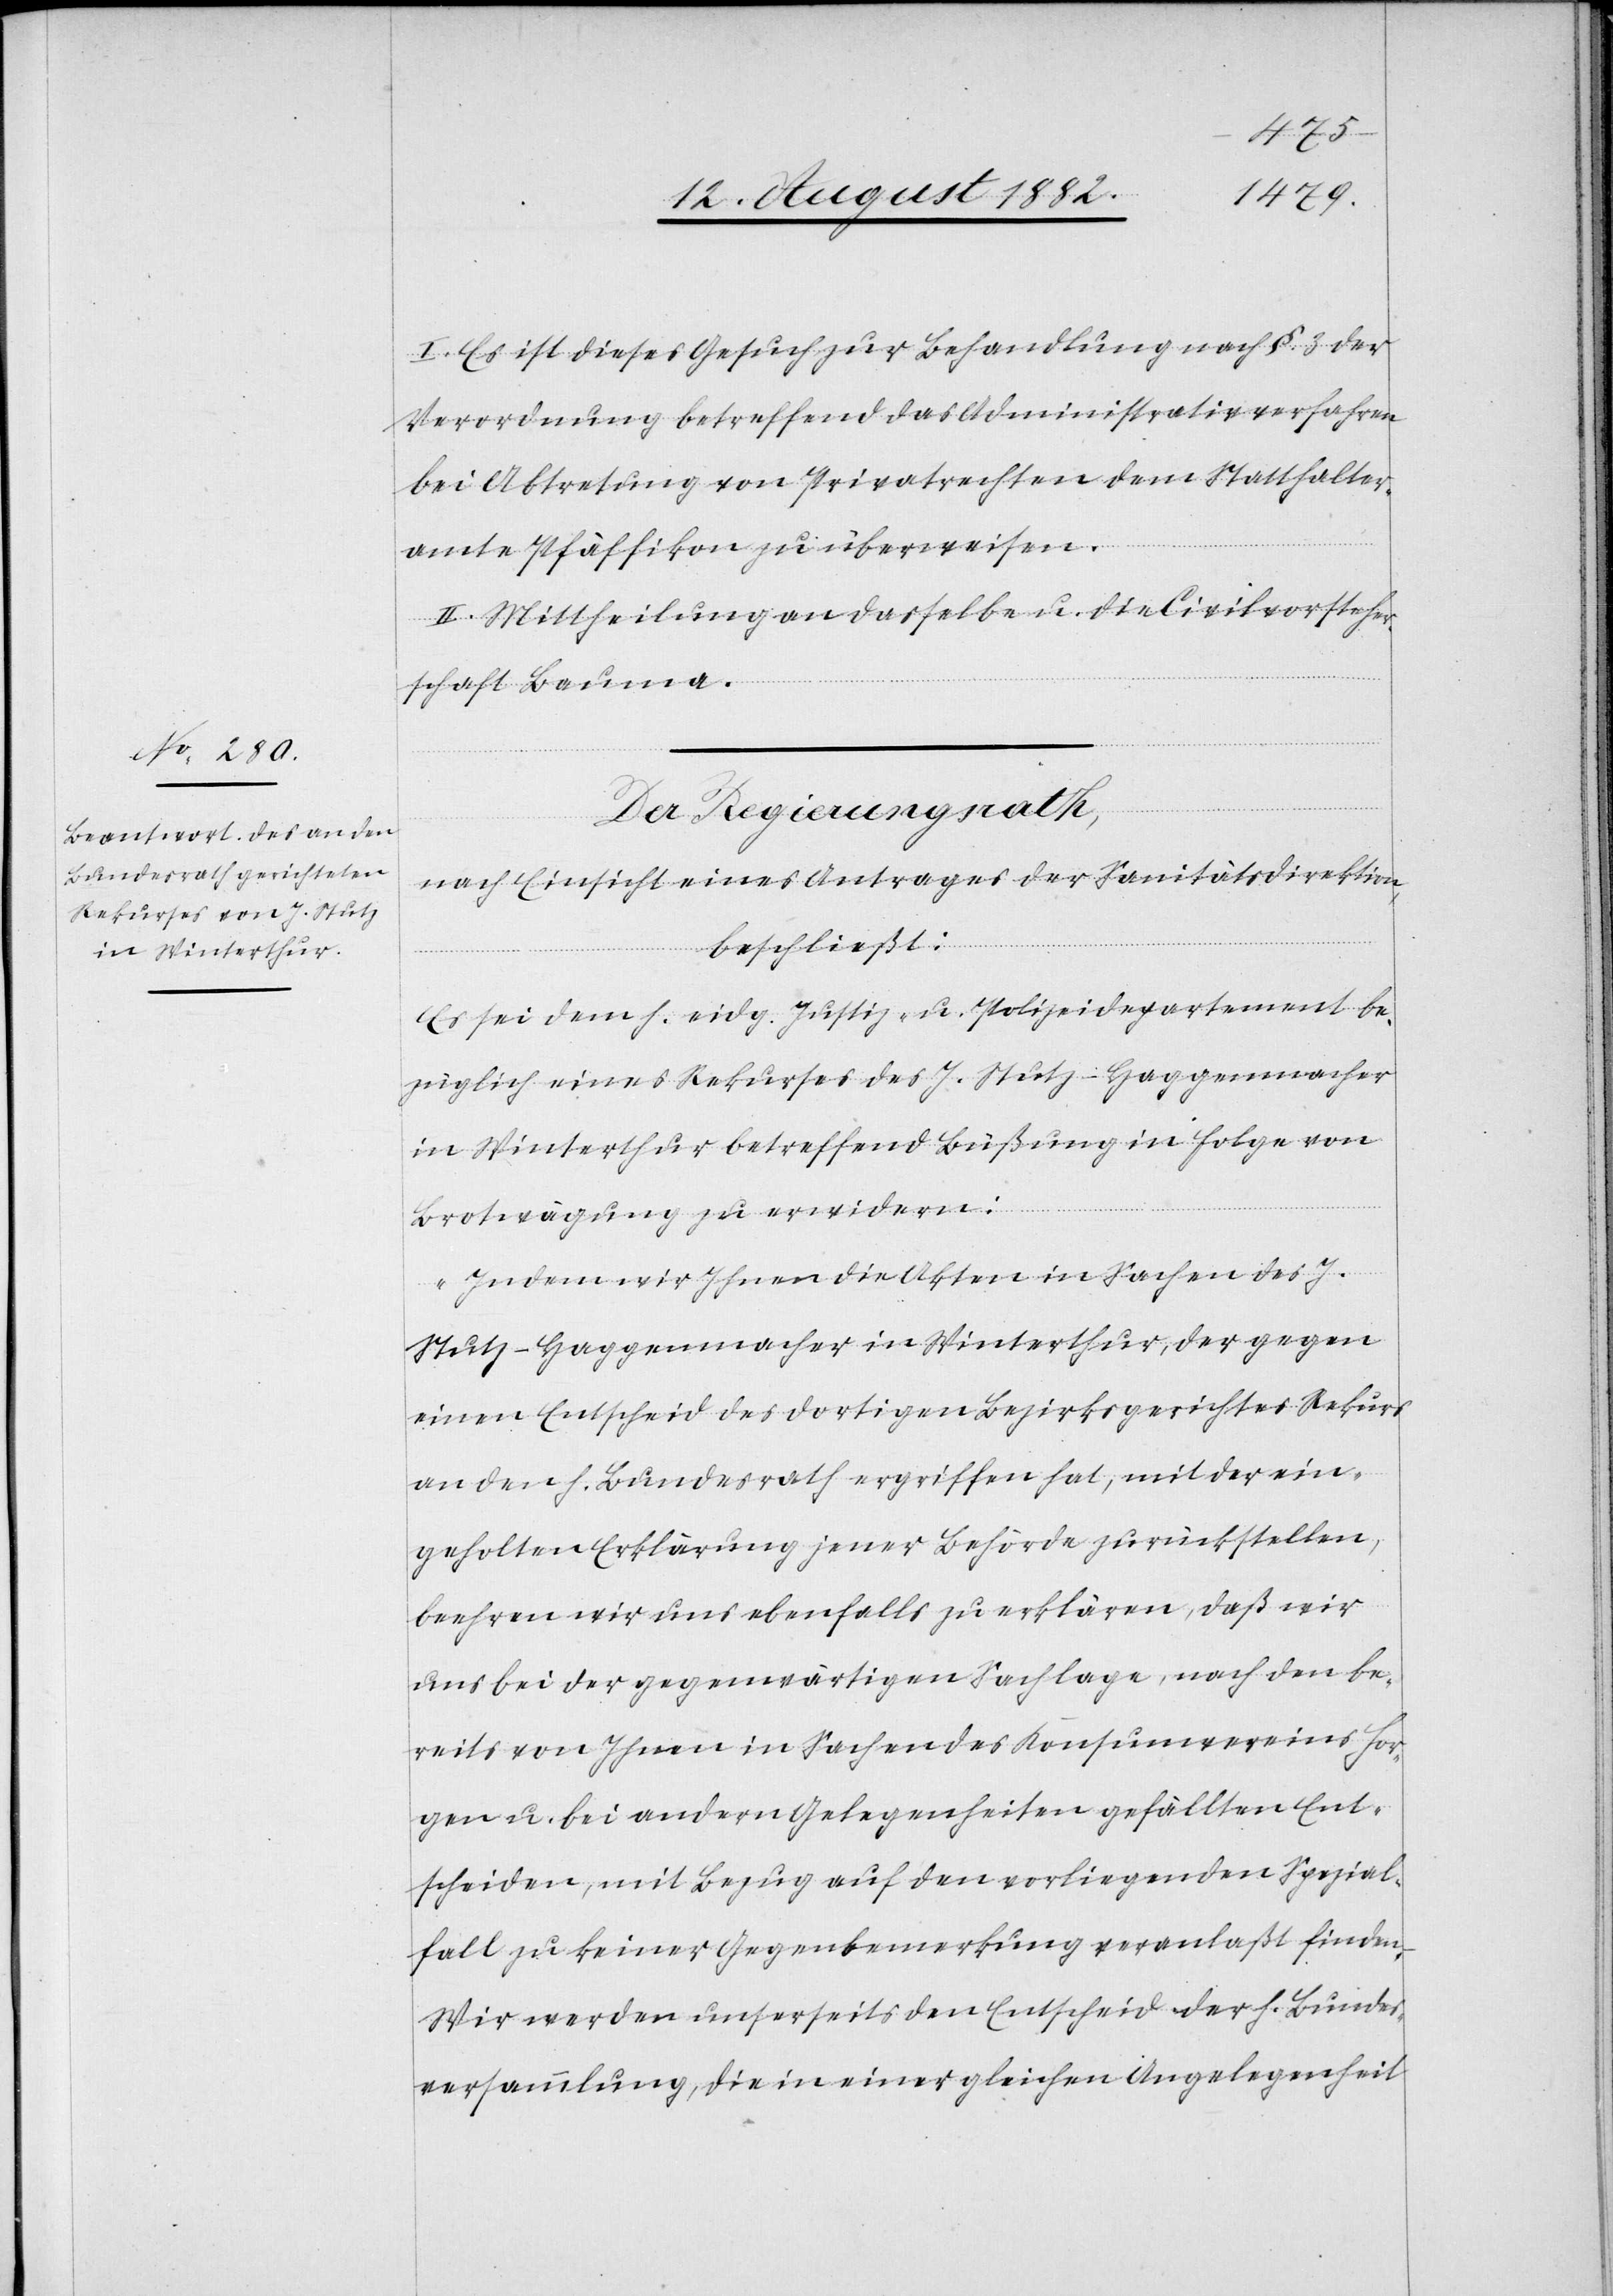
I. Es ist dieses Gesuch zur Behandlung nach §. 3 der
Verordnung betreffend das Administrativverfahren
bei Abtretung von Privatrechten dem Statthalter¬
amte Pfäffikon zu überweisen.
II. Mittheilung an dasselbe u. die Civilvorsteher¬
schaft Bauma.
Der Regierungsrath;
nach Einsicht eines Antrages der Sanitätsdirektion,
beschließt:
Es sei dem h. eidg. Justiz- u. Polizeidepartement be¬
züglich eines Rekurses des J. Stut-Hagenmacher
in Winterthur betreffend Büßung in Folge von
Brotwägung zu erwidern:
„Indem wir Ihnen die Akten in Sachen des J.
Stutz-Haggenmacher in Winterthur, der gegen
einen Entscheid des dortigen Bezirksgerichtes Rekurs
an den h. Bundesrath ergriffen hat, mit der ein¬
geholten Erklärung jener Behörde zurückstellen,
beehren wir uns ebenfalls zu erklären, daß wir
uns bei der gegenwärtigen Sachlage, nach den be¬
reits von Ihnen in Sachen des Konsumvereins Hor¬
gen u. bei andern Gelegenheiten gefällten Ent¬
scheiden, mit Bezug auf den vorliegenden Spezial¬
fall zu keiner Gegenbemerkung veranlaßt finden.
Wir werden unserseits den Entscheid der h. Bundes¬
versammlung, die in einer gleichen Angelegenheit